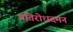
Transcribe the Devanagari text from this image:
प्रतिरोधदमन